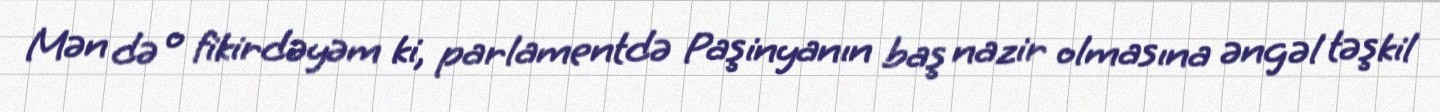
Mən də o fikirdəyəm ki, parlamentdə Paşinyanın baş nazir olmasına əngəl təşkil